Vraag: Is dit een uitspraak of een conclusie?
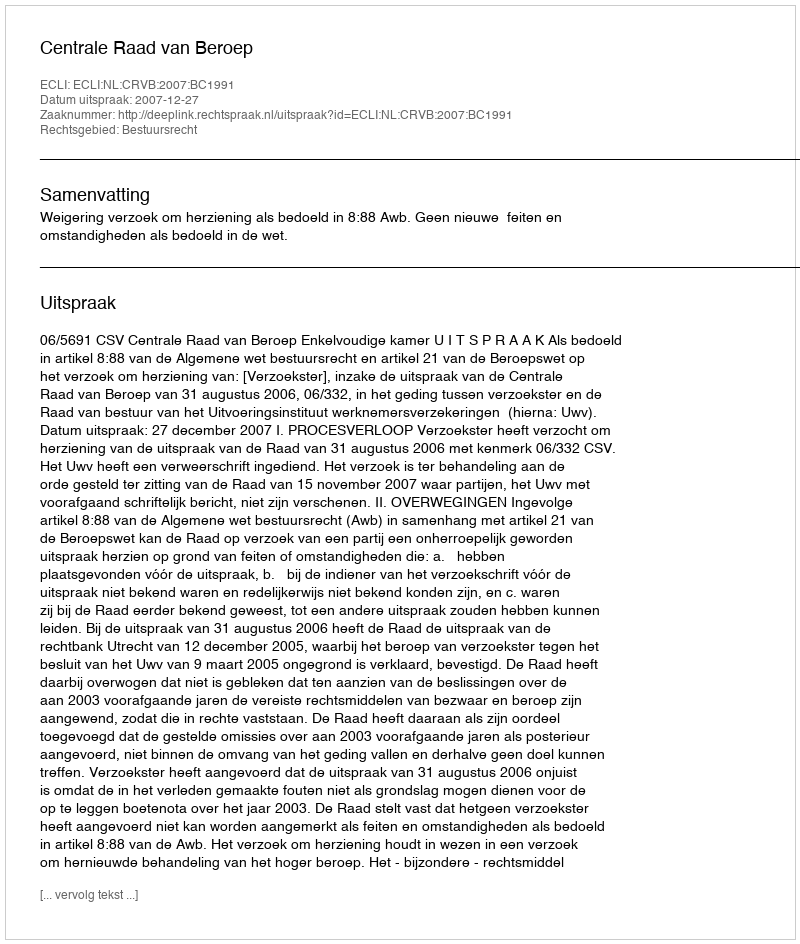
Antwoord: Uitspraak